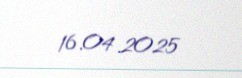
16.04.2025